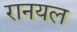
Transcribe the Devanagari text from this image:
रानयल